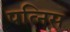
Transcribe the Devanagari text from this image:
पत्निस